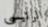
الرئيسى